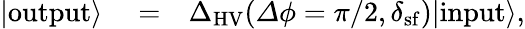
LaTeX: \begin{array}{rlr}{|\mathrm{output}\rangle}&{{}=}&{{\Delta}_{\mathrm{HV}}({\mathit\Delta\phi}=\pi/2,\delta_{\mathrm{sf}})|\mathrm{input}\rangle,}\end{array}